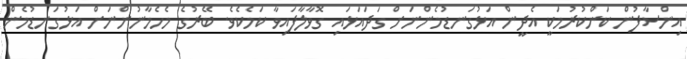
އިންސާފުން ކަންކުރުމަކީ އެދީން އަޅުގަނޑުމެންނަށް ގަދައަޅައި ގޮވާލާފައިވާ ކަމެކެވެ. ބޭރުގެ މެހެމާނުންނަށް އަޅުގަނޑުމެން